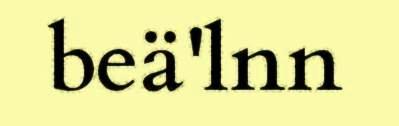
beä'lnn